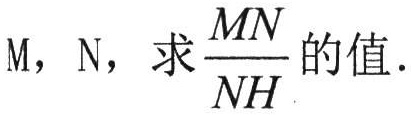
\(M\)，\(N\)，求\(\frac{MN}{NH}\)的值.